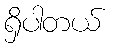
ရှိပါတယ်